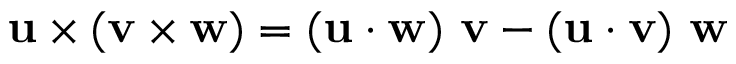
\mathbf { u } \times ( \mathbf { v } \times \mathbf { w } ) = ( \mathbf { u } \cdot \mathbf { w } ) \ \mathbf { v } - ( \mathbf { u } \cdot \mathbf { v } ) \ \mathbf { w }